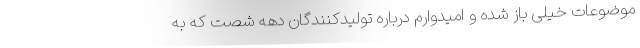
موضوعات خیلی باز شده و امیدوارم درباره تولیدکنندگان دهه شصت که به